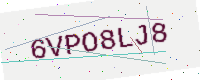
Text: 6VPO8LJ8